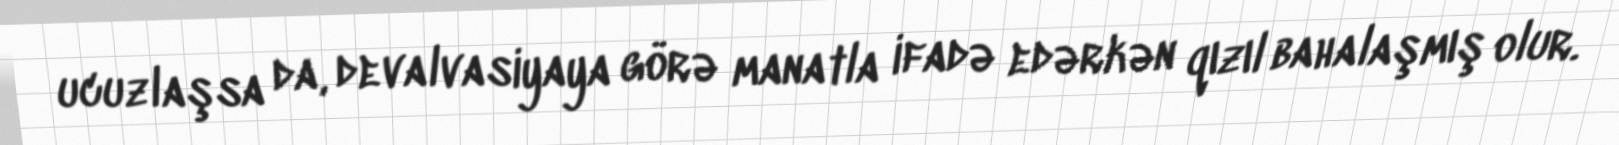
ucuzlaşsa da, devalvasiyaya görə manatla ifadə edərkən qızıl bahalaşmış olur.